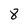
Character: 8